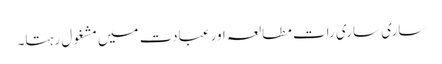
ساری ساری رات مطالعہ اور عبادت میں مشغول رہتا۔